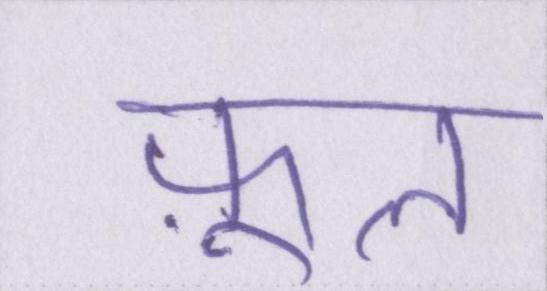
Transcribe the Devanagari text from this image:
फ़ूल